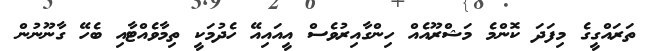
ތަރައްގީގެ މިފަދަ ކޮންމެ މަޝްރޫއެއް ހިންގާއިރުވެސް އީއައިއޭ ހެދުމަކީ ތިމާވެއްޓާއި ބެހޭ ގާނޫނުން